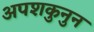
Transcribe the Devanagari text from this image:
अपशकुनुन